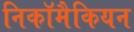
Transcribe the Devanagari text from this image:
निकॉमैकियन